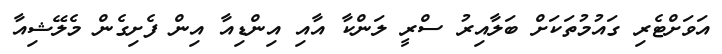
އަވަށްޓެރި ގައުމުތަކަށް ބަލާއިރު ސްރީ ލަންކާ އާއި އިންޑިއާ އިން ފެށިގެން މެލޭޝިއާ